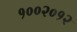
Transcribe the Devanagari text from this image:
१००२०१२